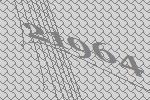
21964